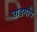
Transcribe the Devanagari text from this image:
नाडगाँव